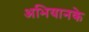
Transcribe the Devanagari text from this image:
अभियानके